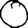
Digit: 0